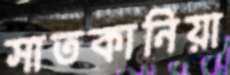
সাতকানিয়া